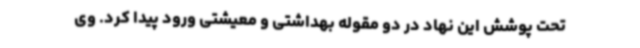
تحت پوشش این نهاد در دو مقوله بهداشتی و معیشتی ورود پیدا کرد. وی